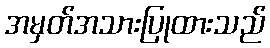
အမှတ်အသားပြုထားသည်